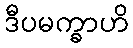
ဒီပမက္ခာဟိ